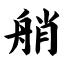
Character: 艄